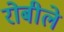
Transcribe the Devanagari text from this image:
रोबीले